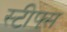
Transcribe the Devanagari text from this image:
स्टीफ्स